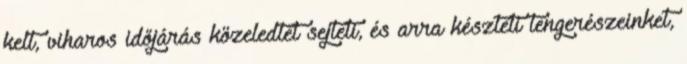
kelt, viharos időjárás közeledtét sejteti, és arra készteti tengerészeinket,